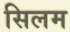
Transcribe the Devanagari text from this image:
सिलम